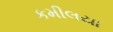
કમીલયા